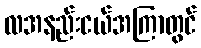
လအနည်းငယ်အကြာတွင်